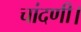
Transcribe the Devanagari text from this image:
चांदणी।